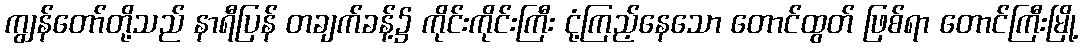
ကျွန်တော်တို့သည် နာရီပြန် တချက်ခန့်၌ ကိုင်းကိုင်းကြီး ငုံ့ကြည့်နေသော တောင်ထွတ် ဖြစ်ရာ တောင်ကြီးမြို့